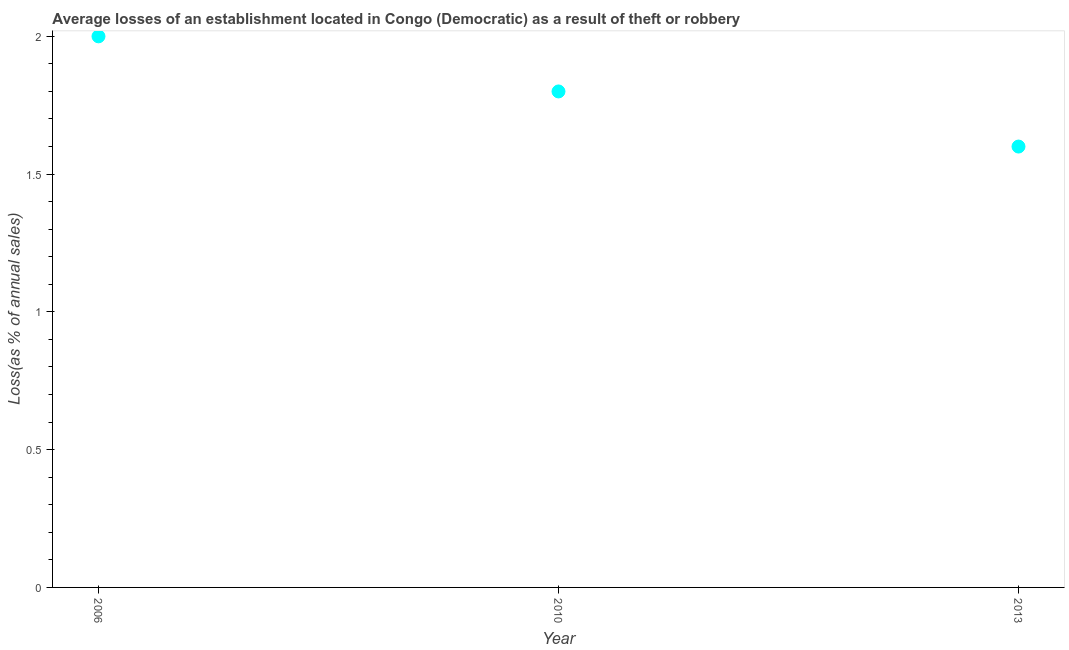
| Year | Losses due to theft |
 | --- | --- |
 | 2006 | 2 |
 | 2010 | 1.8 |
 | 2013 | 1.6 |